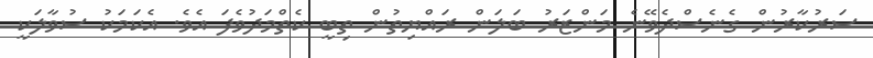
ސަރުކާރުން ގެނެސްދެވޭނެ މަންޒަރު ބަލަން ރައްޔިތުން ތިބީ ކެތްމަދުވެފަ އެވެ. އެކަމަކު ސުވާލަކީ